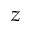
z